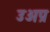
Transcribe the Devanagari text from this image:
उअप्र